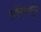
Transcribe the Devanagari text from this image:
लॉयलपुर